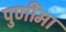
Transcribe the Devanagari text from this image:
पुर्णीमा